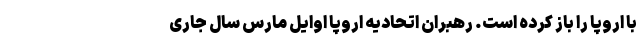
با اروپا را باز کرده است. رهبران اتحادیه اروپا اوایل مارس سال جاری